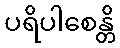
ပရိပါစေန္တိ